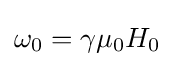
\omega _{0}=\gamma \mu _{0}H_{0}\